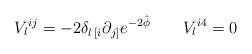
LaTeX: \begin{align*}V_l{}^{ij} = -2 \delta_{l\, [i} \partial _{j]}e^{-2 \hat{\phi}} \qquad V_l{}^{i4} =0\end{align*}